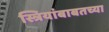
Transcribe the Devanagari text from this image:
स्त्रियांबाबतच्या